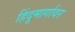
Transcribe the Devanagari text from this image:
हिंदूमार्गावर